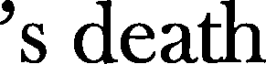
's death